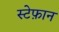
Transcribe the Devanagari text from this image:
स्टेफ़ान